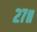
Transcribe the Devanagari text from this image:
२७॥